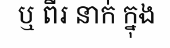
ឬ ពីរ នាក់ ក្នុង